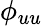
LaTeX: \phi_{uu}